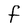
Character: f